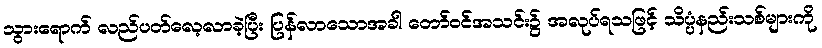
သွားရောက် လည်ပတ်လေ့လာခဲ့ပြီး ပြန်လာသောအခါ တော်ဝင်အသင်း၌ အလုပ်ရသဖြင့် သိပ္ပံနည်းသစ်များကို